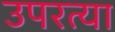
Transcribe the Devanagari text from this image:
उपरत्या